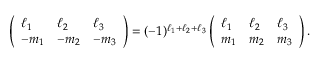
\left( \begin{array} { l l l } { \ell _ { 1 } } & { \ell _ { 2 } } & { \ell _ { 3 } } \\ { - m _ { 1 } } & { - m _ { 2 } } & { - m _ { 3 } } \end{array} \right) = ( - 1 ) ^ { \ell _ { 1 } + \ell _ { 2 } + \ell _ { 3 } } \left( \begin{array} { l l l } { \ell _ { 1 } } & { \ell _ { 2 } } & { \ell _ { 3 } } \\ { m _ { 1 } } & { m _ { 2 } } & { m _ { 3 } } \end{array} \right) .